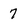
Character: 7